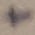
Text: +